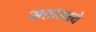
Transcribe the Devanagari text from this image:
सत्तांमध्ये